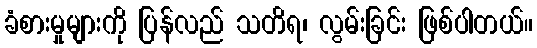
ခံစားမှုများကို ပြန်လည် သတိရ၊ လွမ်းခြင်း ဖြစ်ပါတယ်။